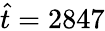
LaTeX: \hat{t}=2847